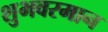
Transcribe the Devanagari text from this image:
शुभवरमान